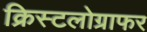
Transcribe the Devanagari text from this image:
क्रिस्टलोग्राफर